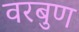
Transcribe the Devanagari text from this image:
वरबुण